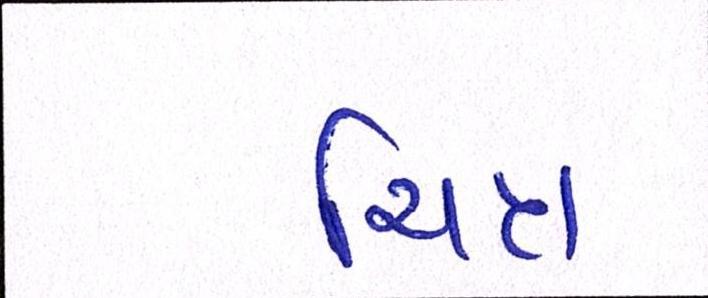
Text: ચિત્ર